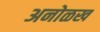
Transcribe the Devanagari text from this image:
अनोळख